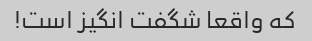
که واقعا شگفت انگیز است!